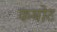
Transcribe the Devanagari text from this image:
कबोट